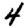
Digit: 4